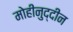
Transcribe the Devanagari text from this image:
मोहीनुद्दीन